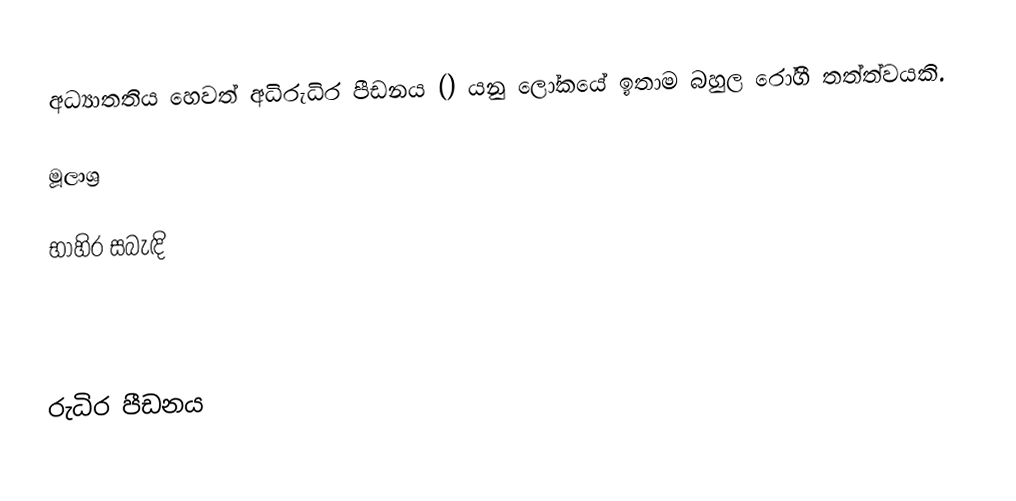
අධ්‍යාතතිය හෙවත් අධිරුධිර පීඩනය () යනු ලෝකයේ ඉතාම බහුල රෝගී තත්ත්වයකි.

මූලාශ්‍ර

භාහිර සබැඳි

රුධිර පීඩනය